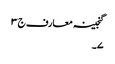
گنجینہ معارف ج ٣
٧۔